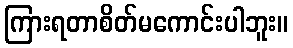
ကြားရတာစိတ်မကောင်းပါဘူး။